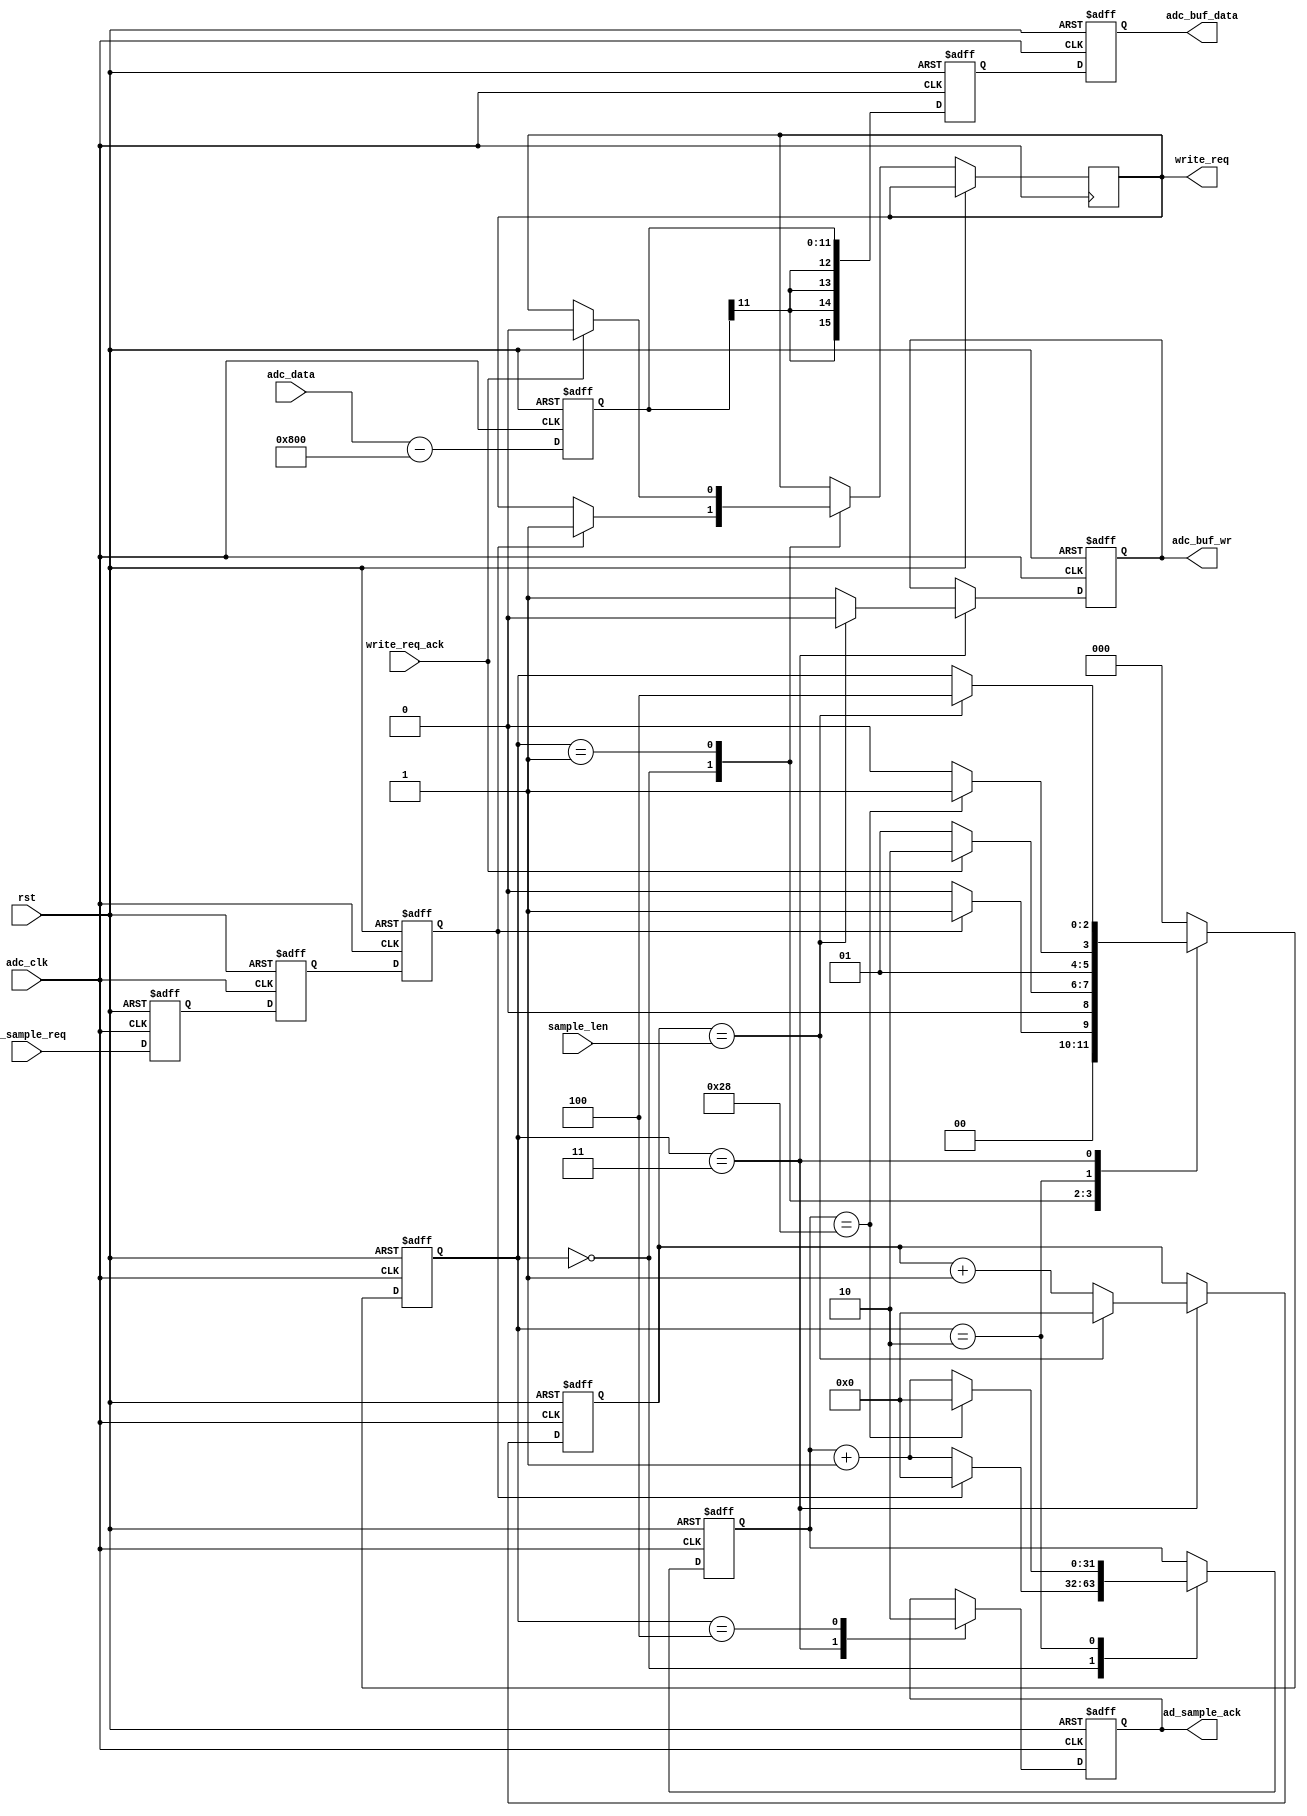
//////////////////////////////////////////////////////////////////////////////////
//                                                                              //
//                                                                              //
//          msq@qq.com                                                          //
//          ALINX(shanghai) Technology Co.,Ltd                                  //
//          heijin                                                              //
//     WEB: http://www.alinx.cn/                                                //
//     BBS: http://www.heijin.org/                                              //
//                                                                              //
//////////////////////////////////////////////////////////////////////////////////
//                                                                              //
// Copyright (c) 2017,ALINX(shanghai) Technology Co.,Ltd                        //
//                    All rights reserved                                       //
//                                                                              //
// This source file may be used and distributed without restriction provided    //
// that this copyright statement is not removed from the file and that any      //
// derivative work contains the original copyright notice and the associated    //
// disclaimer.                                                                  //
//                                                                              //
//////////////////////////////////////////////////////////////////////////////////

//================================================================================
//  Revision History:
//  Date          By            Revision    Change Description
//--------------------------------------------------------------------------------
//2017/8/28                   1.0          Original
//*******************************************************************************/
module ad9238_sample

       (
         input                       adc_clk,
         input                       rst,
         (* MARK_DEBUG="true" *)input      [11:0]           adc_data,
         (* MARK_DEBUG="true" *)output reg                  adc_buf_wr,
         (* MARK_DEBUG="true" *)output     [15:0]           adc_buf_data,
         
         input      [31:0]           sample_len,
         input                       ad_sample_req,
         output reg                  ad_sample_ack,
                                     
         input                       write_req_ack,
         output reg                  write_req
       );
       
//`define TRIGGER

localparam       S_IDLE     = 0;
localparam       S_REQ      = 1;
localparam       S_ACK_WAIT = 2;
localparam       S_SAMPLE   = 3;
localparam       S_WAIT     = 4;

reg signed[11:0]  adc_data_signed;

reg signed[15:0]  adc_data_wide;
reg signed[15:0]  adc_data_wide_d0;
(* MARK_DEBUG="true" *)reg [31:0]        sample_cnt;
reg [31:0]        wait_cnt;


reg        ad_sample_req_d0     ;
reg        ad_sample_req_d1     ;
reg        ad_sample_req_d2     ;

reg[2:0] state;

assign adc_buf_data = adc_data_wide_d0; 


//
always@(posedge adc_clk or posedge rst)
  begin
    if(rst == 1'b1)
      adc_data_signed <= 12'd0;
    else
      adc_data_signed <= adc_data - 2048;
  end
  

//16
always@(posedge adc_clk or posedge rst)
  begin
    if(rst == 1'b1)
      adc_data_wide <= 16'd0;
    else
      adc_data_wide <= {{4{adc_data_signed[11]}}, adc_data_signed[11:0]};
  end
  
always@(posedge adc_clk or posedge rst)
  begin
    if(rst == 1'b1)
      adc_data_wide_d0 <= 16'd0;
    else
      adc_data_wide_d0 <= adc_data_wide;
  end
  
  
always @(posedge adc_clk or posedge rst)
  begin
    if (rst)
      begin
        ad_sample_req_d0 <= 1'b0 ;
        ad_sample_req_d1 <= 1'b0 ;
        ad_sample_req_d2 <= 1'b0 ;
      end
    else
      begin
        ad_sample_req_d0 <= ad_sample_req ;
        ad_sample_req_d1 <= ad_sample_req_d0 ;
        ad_sample_req_d2 <= ad_sample_req_d1 ;
      end
  end
  
always@(posedge adc_clk or posedge rst)
  begin
    if(rst == 1'b1)
      begin
        state <= S_IDLE;
        wait_cnt <= 32'd0;
        sample_cnt <= 32'd0;
        adc_buf_wr <= 1'b0;
        ad_sample_ack <= 1'b0 ;
      end
    else
      case(state)
        S_IDLE:
          begin
            if (ad_sample_req_d2)//wait_cnt == 32'd125000)
              begin
                write_req <= 1'b1 ;
                state <= S_REQ;
                wait_cnt <= 32'd0  ;
              end
            else
            begin
              state <= S_IDLE ;
              wait_cnt <= wait_cnt + 1'b1 ;
            end
          end
        S_REQ :
          begin
            if (write_req_ack)
              begin
                write_req <= 1'b0 ;
                state <= S_ACK_WAIT ;
              end
            else
              state <= S_REQ ;
          end
        S_ACK_WAIT:
          begin
            if (wait_cnt == 32'd40)
              begin
                state <= S_SAMPLE ;
                wait_cnt <= 32'd0 ;
              end
            else
              begin
                wait_cnt <= wait_cnt + 1'b1 ;
                state <= S_ACK_WAIT ;
              end
          end
        S_SAMPLE:
          begin
          
            ad_sample_ack <= 1'b1 ;
            if(sample_cnt == sample_len)
              begin
                sample_cnt <= 11'd0;
                adc_buf_wr <= 1'b0;
                state <= S_WAIT;
              end
            else
              begin
                sample_cnt <= sample_cnt + 11'd1;
                adc_buf_wr <= 1'b1;
              end
              
          end
        S_WAIT:
          begin
            ad_sample_ack <= 1'b0 ;
            state <= S_IDLE;
          end
        default:
          state <= S_IDLE;
      endcase
  end
  
endmodule